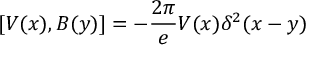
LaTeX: [ V ( x ) , B ( y ) ] = - { \frac { 2 \pi } { e } } V ( x ) \delta ^ { 2 } ( x - y )